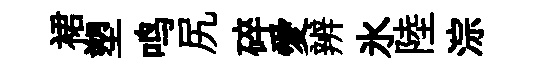
裙塑鸣尻碎愛辨氷陸淙